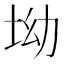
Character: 坳